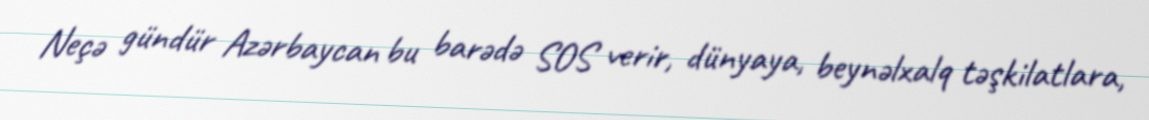
Neçə gündür Azərbaycan bu barədə SOS verir, dünyaya, beynəlxalq təşkilatlara,